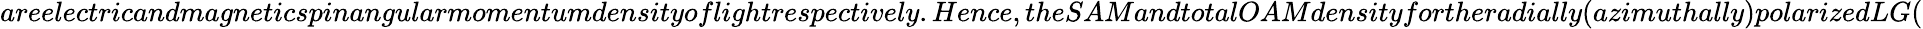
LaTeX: areelectricandmagneticspinangularmomentumdensityoflightrespectively.Hence,theSAMandtotalOAMdensityfortheradially(azimuthally)polarizedLG(